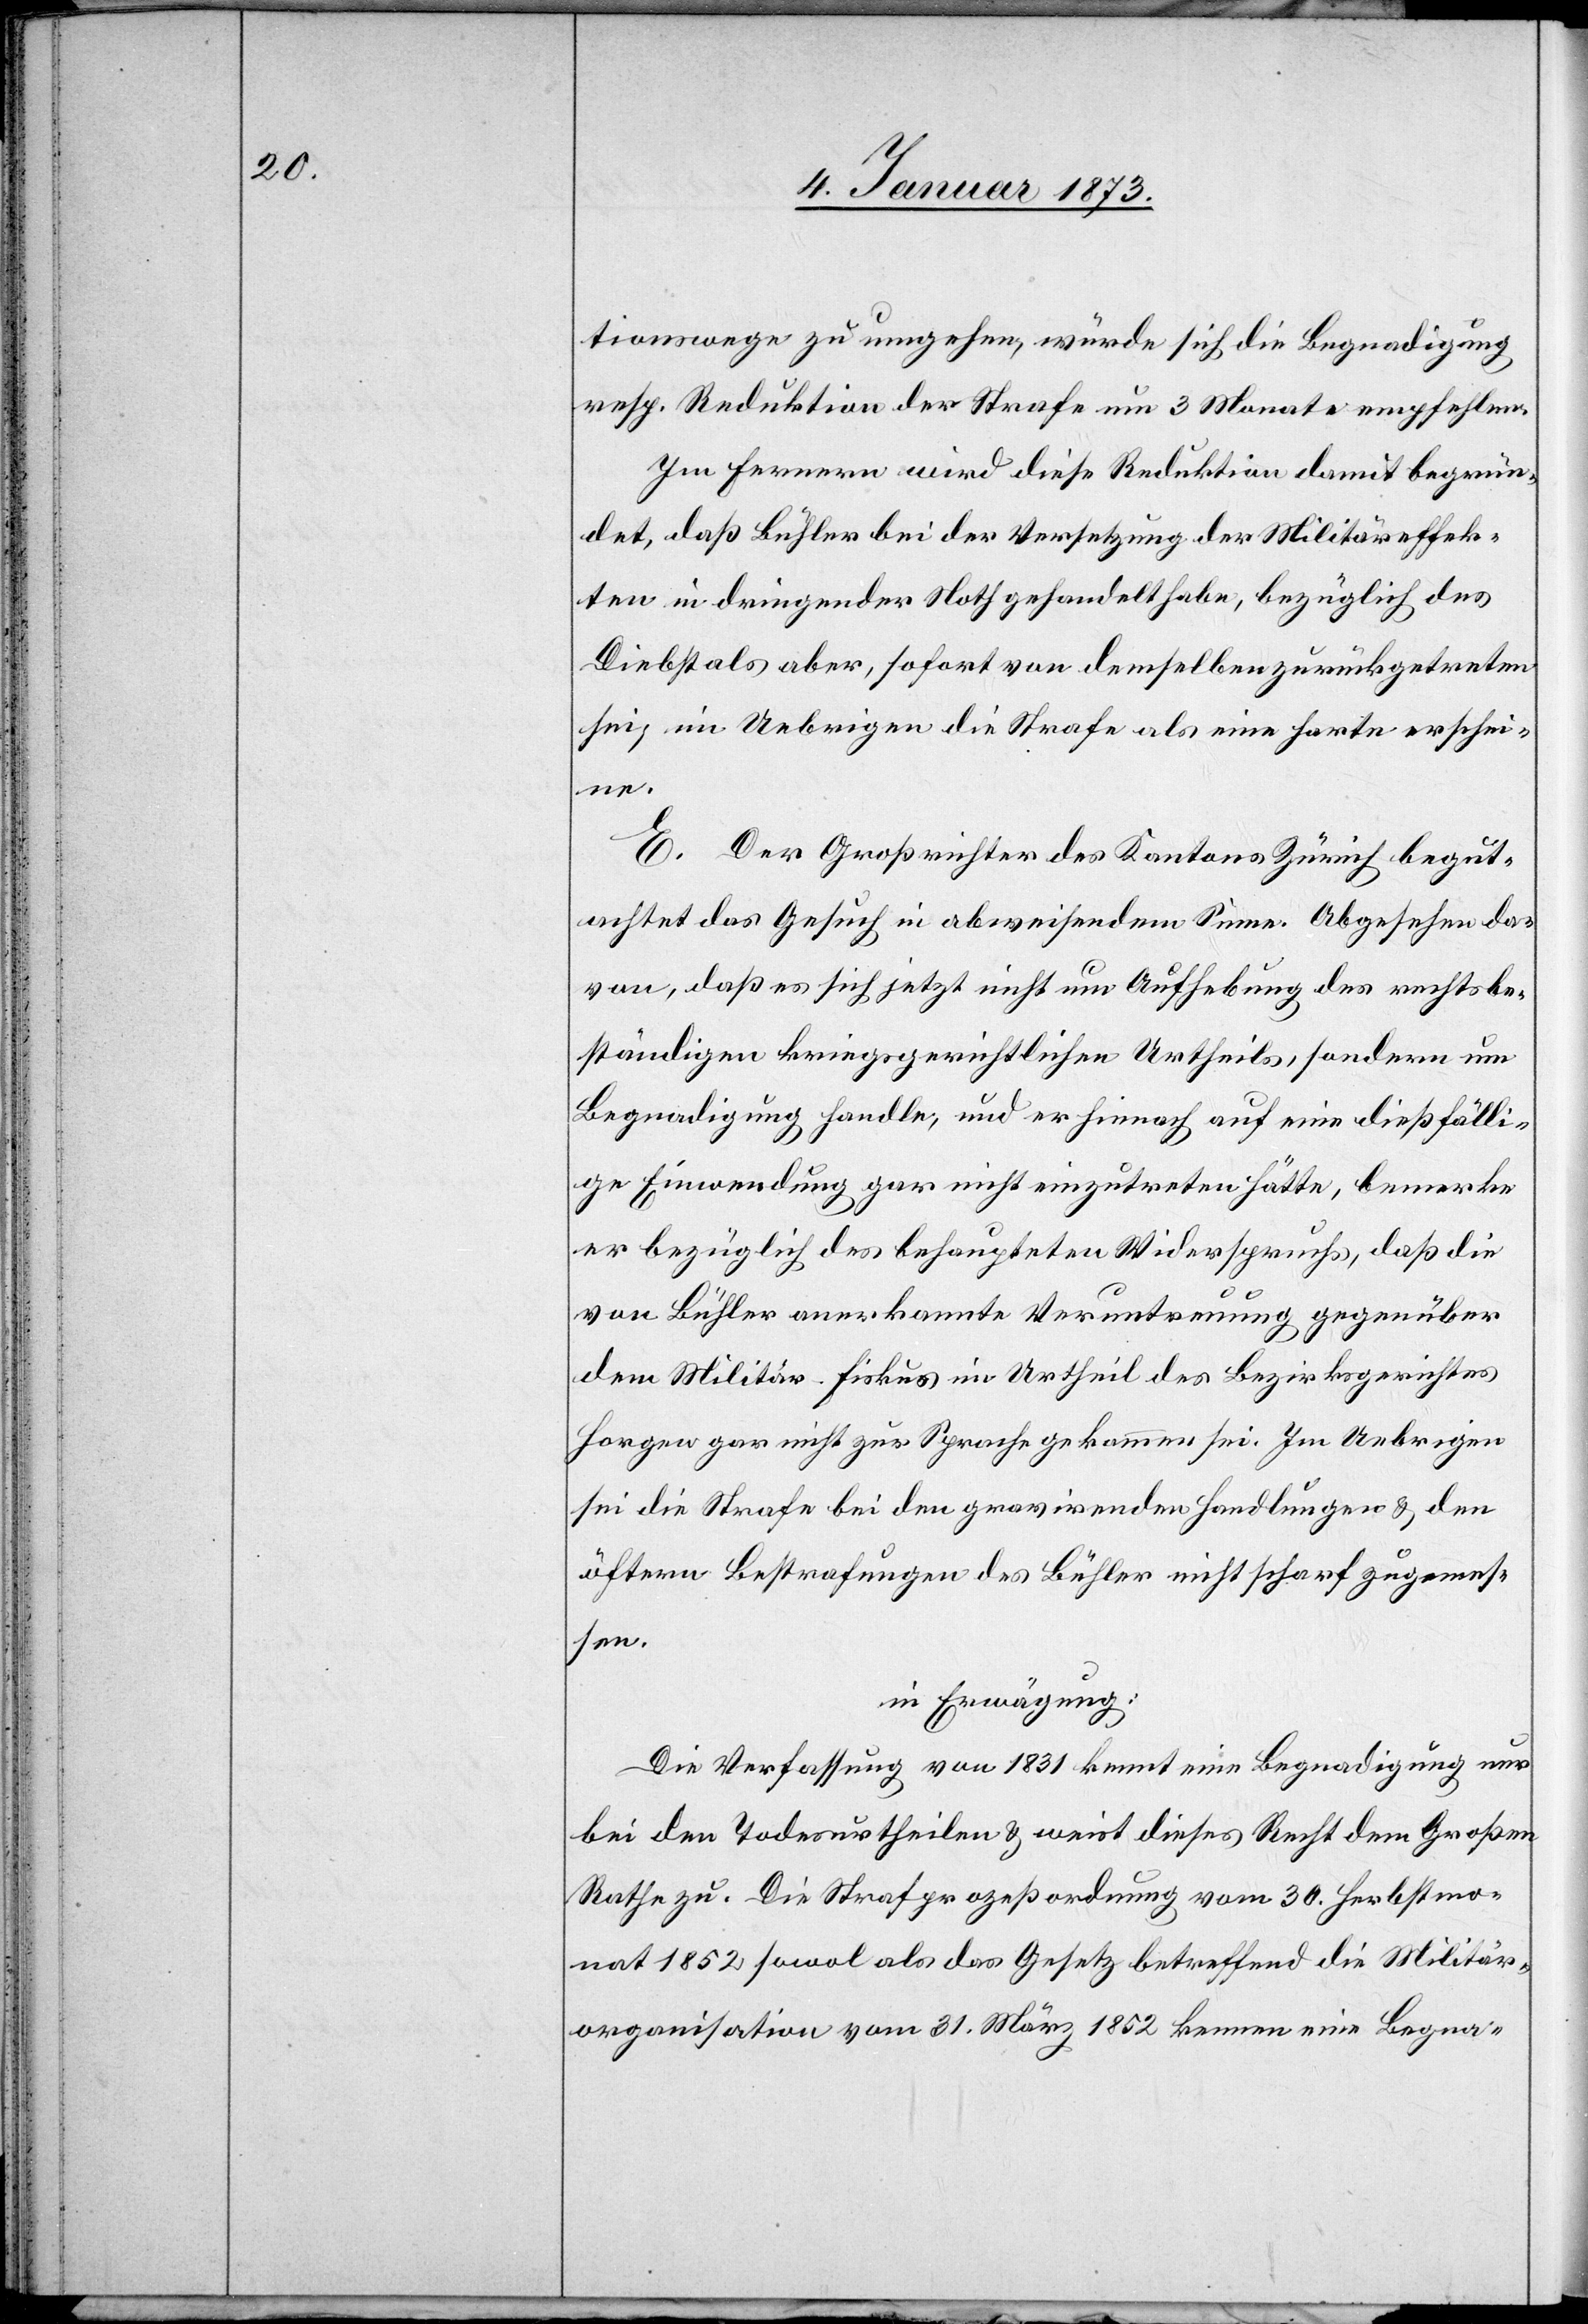
tionswege zu umgehen, würde sich die Begnadigung
resp. Reduktion der Strafe um 3 Monate empfehlen.
Im Fernern wird diese Reduktion damit begrün¬
det, daß Bühler bei der Versetzung der Militäreffek¬
ten in dringender Noth gehandelt habe, bezüglich des
Diebstals aber, sofort von demselben zurückgetreten
sei, im Uebrigen die Strafe als eine harte erschei¬
ne.
E. Der Großrichter des Kantons Zürich begut¬
achtet das Gesuch in abweisendem Sinne. Abgesehen da¬
von, daß es sich jetzt nicht um Aufhebung des rechtsbe¬
ständigen kriegsgerichtlichen Urtheils, sondern um
Begnadigung handle, und er hienach auf eine dießfälli¬
ge Einwendung gar nicht einzutreten hätte, bemerke
er bezüglich des behaupteten Widerspruchs, daß die
von Bühler anerkannte Veruntreuung gegenüber
dem Militär-Fiskus im Urtheil des Bezirksgerichtes
Horgen gar nicht zur Sprache gekommen sei. Im Uebrigen
sei die Strafe bei den gravirenden Handlungen & den
öftern Bestrafungen des Bühler nicht scharf zugemes¬
sen.
in Erwägung:
Die Verfassung von 1831 kennt eine Begnadigung nur
bei den Todesurtheilen & weist dieses Recht dem Großen
Rathe zu. Die Strafprozeßordnung vom 30. Herbstmo¬
nat 1852 sowol als das Gesetz betreffend die Militär¬
organisation vom 31. März 1852 kennen eine Begna-